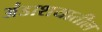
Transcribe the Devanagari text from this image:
अंडाशयातील